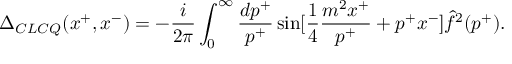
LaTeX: \Delta _ { C L C Q } ( x ^ { + } , x ^ { - } ) = - { \frac { i } { 2 \pi } } \int _ { 0 } ^ { \infty } { \frac { d p ^ { + } } { p ^ { + } } } \sin [ { \frac { 1 } { 4 } } { \frac { m ^ { 2 } x ^ { + } } { p ^ { + } } } + p ^ { + } x ^ { - } ] \hat { f } ^ { 2 } ( p ^ { + } ) .